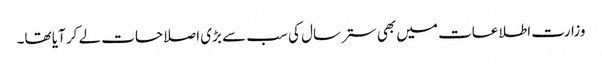
وزارت اطلاعات میں بھی ستر سال کی سب سے بڑی اصلاحات لے کر آیا تھا۔